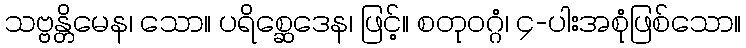
သဗ္ဗန္တိမေန၊ သော။ ပရိစ္ဆေဒေန၊ ဖြင့်။ စတုဝဂ္ဂံ၊ ၄-ပါးအစုံဖြစ်သော။